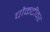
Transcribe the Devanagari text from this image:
चौकटीवर